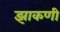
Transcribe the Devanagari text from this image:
झाकणी